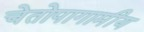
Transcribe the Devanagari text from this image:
चेतोपागामीय